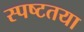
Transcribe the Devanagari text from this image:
स्‍पष्‍टतया